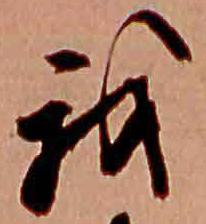
我